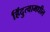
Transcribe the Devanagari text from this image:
हिंदुत्वामधील